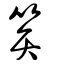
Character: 笲